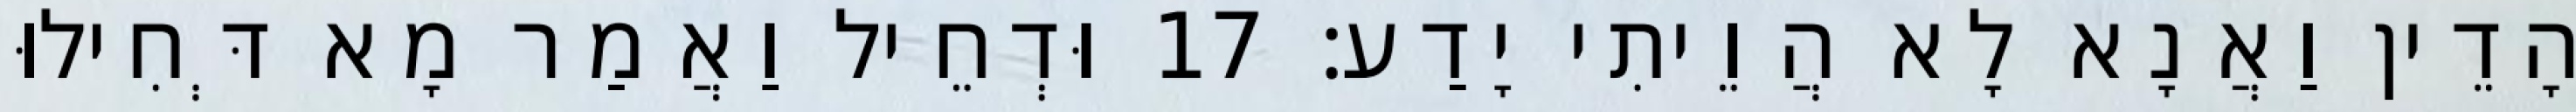
הָדֵין וַאֲנָא לָא הֲוֵיתִי יָדַע׃ 17 וּדְחֵיל וַאֲמַר מָא דְּחִילוּ